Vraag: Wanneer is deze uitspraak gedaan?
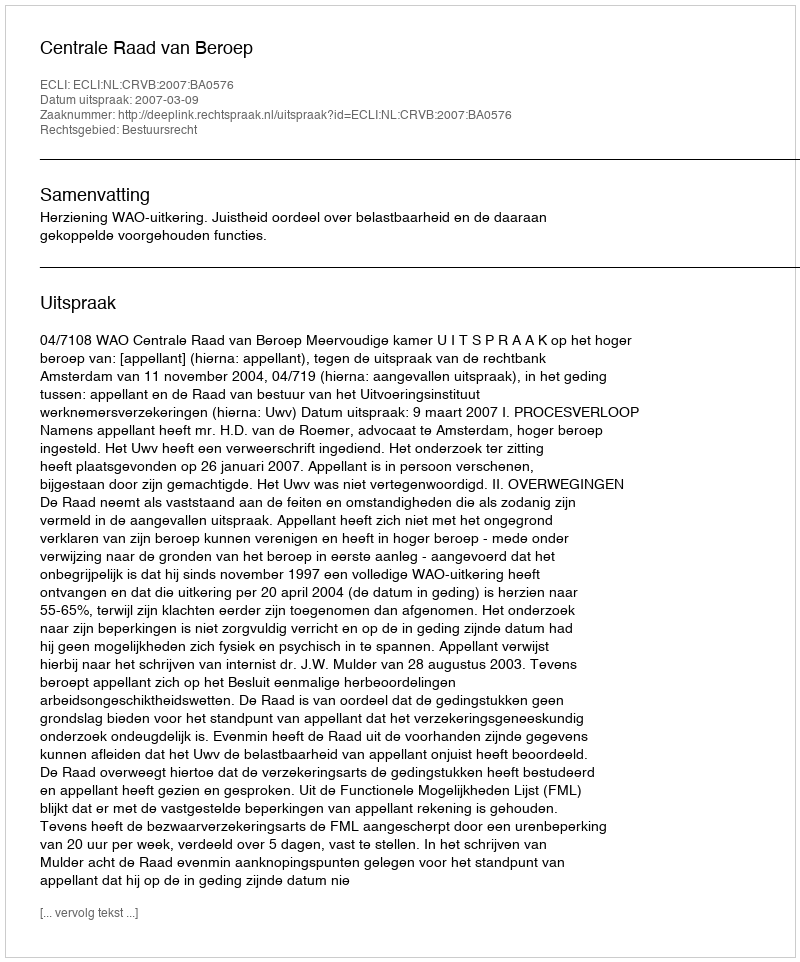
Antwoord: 2007-03-09